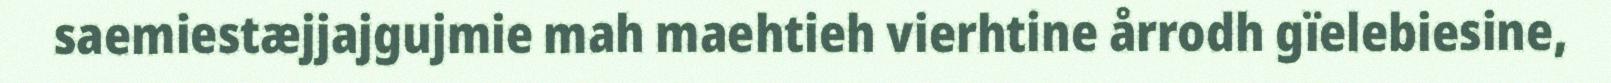
saemiestæjjajgujmie mah maehtieh vierhtine årrodh gïelebiesine,